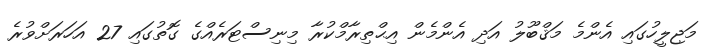
މަޖިލީހުގައި އެންމެ މަޤްބޫލު އަދި އެންމެން އިޙްތިރާމްކުރާ މިނިސްޓަރެއްގެ ގޮތުގައި 27 އަހަރަށްވުރެ